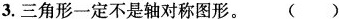
3.三角形一定不是轴对称图形。()